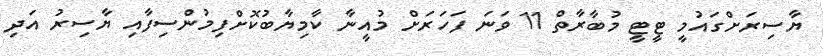
ޔާސިރަށްގައުމީ ޓީޓީ މުބާރާތް 11 ވަނަ ފަހަރަށް މުއީނާ ކާމިޔާބުކޮށްފިމުންސިފާއި ޔާސިރު އަދި